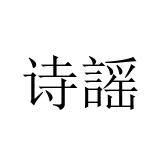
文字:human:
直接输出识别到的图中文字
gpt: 诗謡